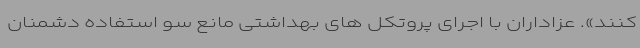
کنند». عزاداران با اجرای پروتکل های بهداشتی مانع سو استفاده دشمنان